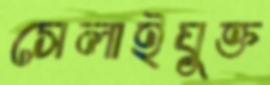
সেলাইযুক্ত